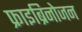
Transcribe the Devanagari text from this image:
फ्राइब्रिनोजन